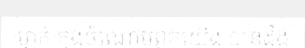
ម្នាក់ ក្នុងចំណោមពួកយើង បានដឹង